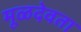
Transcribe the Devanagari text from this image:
मूळदेवता